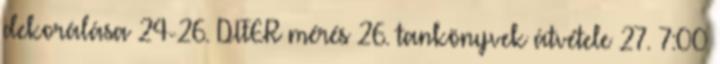
dekorálása 24-26. DIFER mérés 26. tankönyvek átvétele 27. 7:00